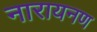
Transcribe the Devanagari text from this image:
नारायनण